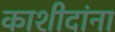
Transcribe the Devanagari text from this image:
काशीदांना